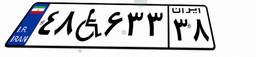
۴۸W۶۳۳۳۸